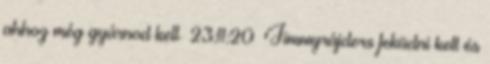
ahhoz még gyúrnod kell 23:11:20 Jimmyrájders feküdni kell és